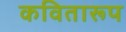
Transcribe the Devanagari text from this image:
कवितारूप